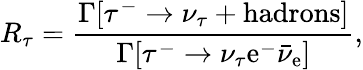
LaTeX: R_{\tau}=\frac{\Gamma[\tau^{-}\rightarrow\nu_{\tau}+\mathrm{hadrons}]}{\Gamma[\tau^{-}\rightarrow\nu_{\tau}\mathrm{e}^{-}\bar{\nu}_{\mathrm{e}}]},